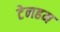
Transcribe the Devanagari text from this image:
टेनहम